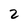
Character: 2